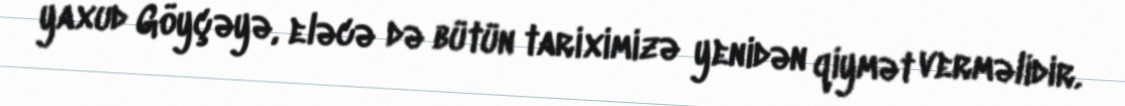
yaxud Göyçəyə, eləcə də bütün tariximizə yenidən qiymət verməlidir.